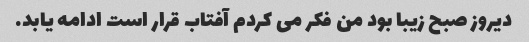
دیروز صبح زیبا بود من فکر می کردم آفتاب قرار است ادامه یابد.